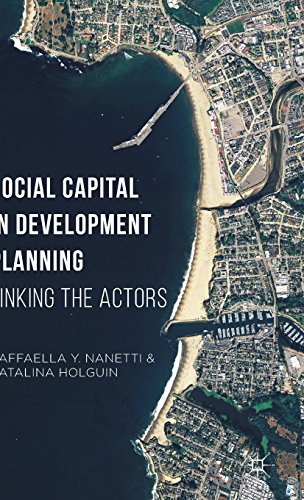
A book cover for Social Capital in Development Planning: Linking the Actors; Raffaella Y. Nanetti; Business & Money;